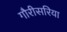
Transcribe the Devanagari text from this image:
गौरीसरिया